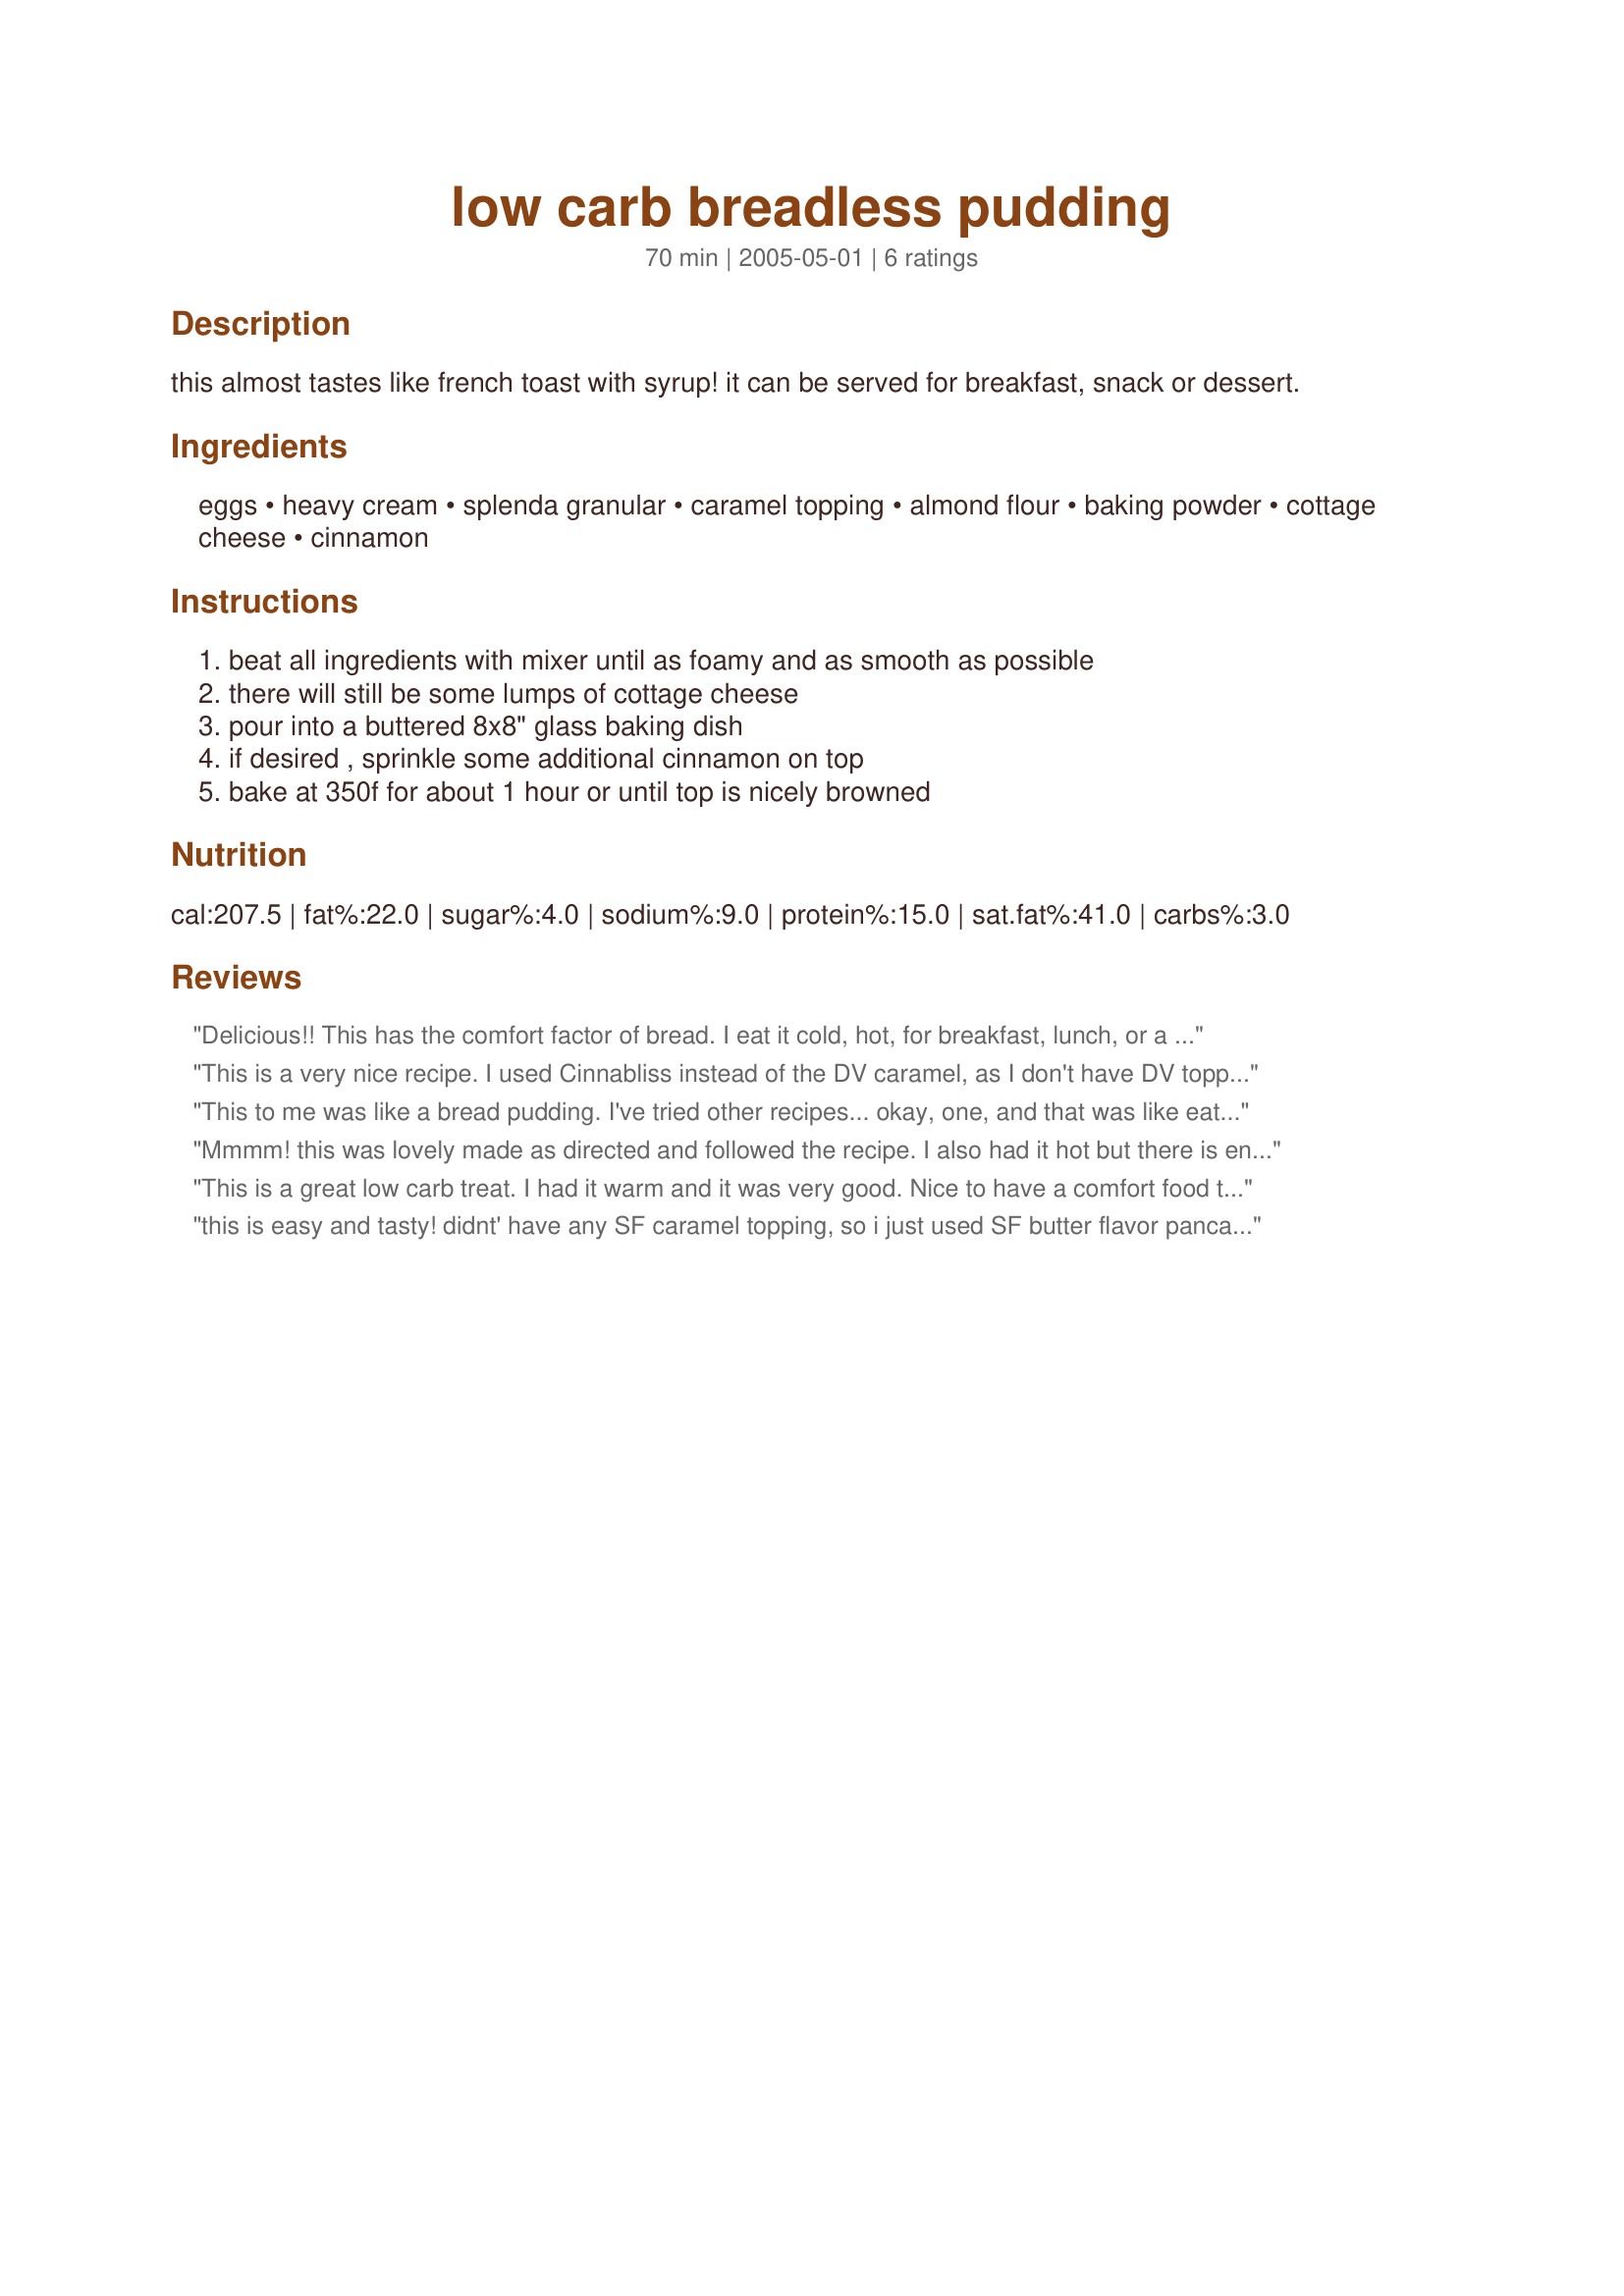
low carb breadless pudding
Preparation time: 70 minutes

this almost tastes like french toast with syrup! it can be served for breakfast, snack or dessert.

Ingredients:
eggs, heavy cream, splenda granular, caramel topping, almond flour, baking powder, cottage cheese, cinnamon

Steps:
beat all ingredients with mixer until as foamy and as smooth as possible, there will still be some lumps of cottage cheese, pour into a buttered 8x8" glass baking dish, if desired , sprinkle some additional cinnamon on top, bake at 350f for about 1 hour or until top is nicely browned

Reviews:
Delicious!! This has the comfort factor of bread. I eat it cold, hot, for breakfast, lunch, or a snack. Every time and every way this is a winner!
This is a very nice recipe. I used Cinnabliss instead of the DV caramel, as I don't have DV topping on hand. It is even better the day after it's made. Thanks!
This to me was like a bread pudding. I've tried other recipes... okay, one, and that was like eating the custard without flavor or the bread. This recipe was like bread with the custard. I did do a couple of things different; I used ricotta cheese instead of cottage cheese (because that's what I had on hand), and I didn't have any of the caramel topping (if I could find it, I would use it because it would probably be even better), and I used half and half instead of cream (I like half and half but I would use cream if I needed to). I think the only change to flavor would be the caramel topping, so it's still wonderful! I just put on some berries and whipped cream and it was lovely! Thank you for an excellent recipe!
Mmmm! this was lovely made as directed and followed the recipe. I also had it hot but there is enough to have cold later. Thank you for posting.
This is a great low carb treat. I had it warm and it was very good. Nice to have a comfort food that is on plan. Thanks Mercy!
this is easy and tasty! didnt' have any SF caramel topping, so i just used SF butter flavor pancake syrup (all i had) and i doubled the cinnamon. just tossed it all in the blender and let it go till it was nice and smooth. sprinkled the cinnamon on top and baked till set. tasted pretty good a room temp, it's chilling now and i think it'll be even better. it does taste like french toast, it'll be a nice breakfast in the morning, thanks!
